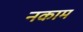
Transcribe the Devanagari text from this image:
नकाम